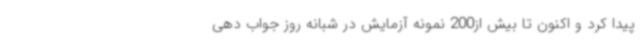
پیدا کرد و اکنون تا بیش از200 نمونه آزمایش در شبانه روز جواب دهی